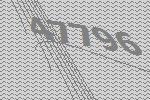
47796